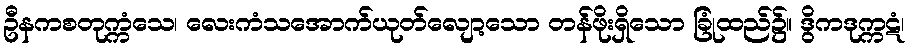
ဦနကစတုက္ကံသေ၊ လေးကံသအောက်ယုတ်လျော့သော တန်ဖိုးရှိသော ခြုံထည်၌။ ဒွိကဒုက္ကဋံ၊